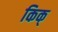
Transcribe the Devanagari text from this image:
किक्